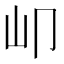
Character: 𡴹